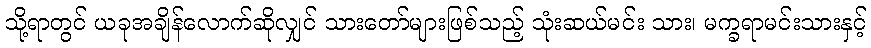
သို့ရာတွင် ယခုအချိန်လောက်ဆိုလျှင် သားတော်များဖြစ်သည့် သုံးဆယ်မင်း သား၊ မက္ခရာမင်းသားနှင့်